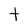
Character: t